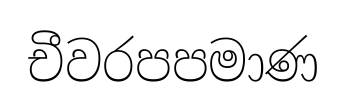
චීවරපපමාණ